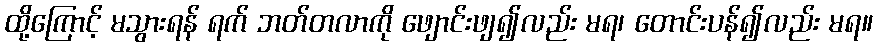
ထို့ကြောင့် မသွားရန် ရက် ဘတ်တလာကို ဖျောင်းဖျ၍လည်း မရ၊ တောင်းပန်၍လည်း မရ။